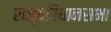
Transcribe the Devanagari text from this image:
राज्यविधानसभा